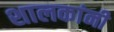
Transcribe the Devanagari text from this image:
शालकांनी